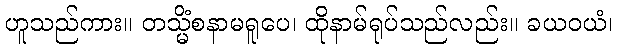
ဟူသည်ကား။ တသ္မိံစနာမရူပေ၊ ထိုနာမ်ရုပ်သည်လည်း။ ခယဝယံ၊